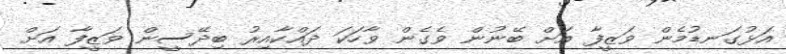
އަޅުގަނޑުމެން ވަޒީފާ އަށް ބޭނުން ވެގެން ވާހަކަ ދައްކާއިރު ބިދޭސީން ވަޒީފާ އަށް